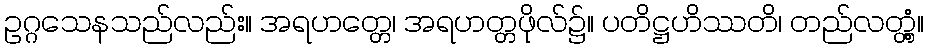
ဥဂ္ဂသေနသည်လည်း။ အရဟတ္တေ၊ အရဟတ္တဖိုလ်၌။ ပတိဋ္ဌဟိဿတိ၊ တည်လတ္တံ့။